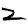
Digit: 2